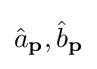
{\hat {a}}_{\mathbf {p} },{\hat {b}}_{\mathbf {p} }